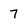
Character: 7